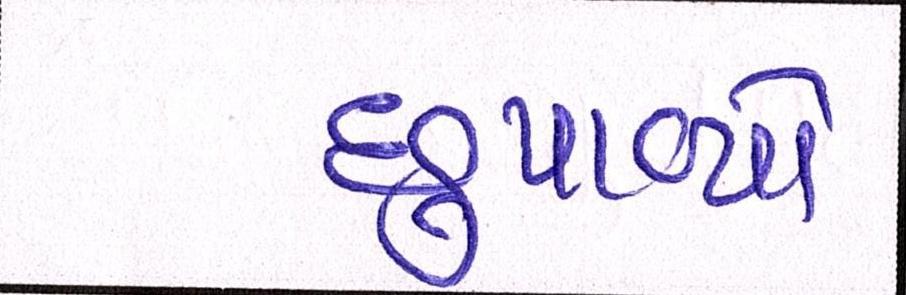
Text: છુપાવ્યો